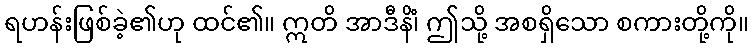
ရဟန်းဖြစ်ခဲ့၏ဟု ထင်၏။ ဣတိ အာဒီနိံ၊ ဤသို့ အစရှိသော စကားတို့ကို။